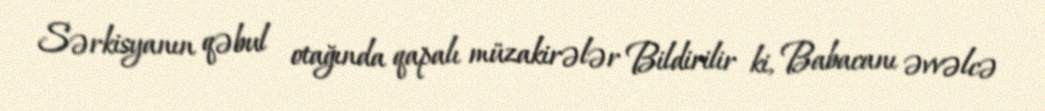
Sərkisyanın qəbul otağında qapalı müzakirələr Bildirilir ki, Babacanı əvvəlcə